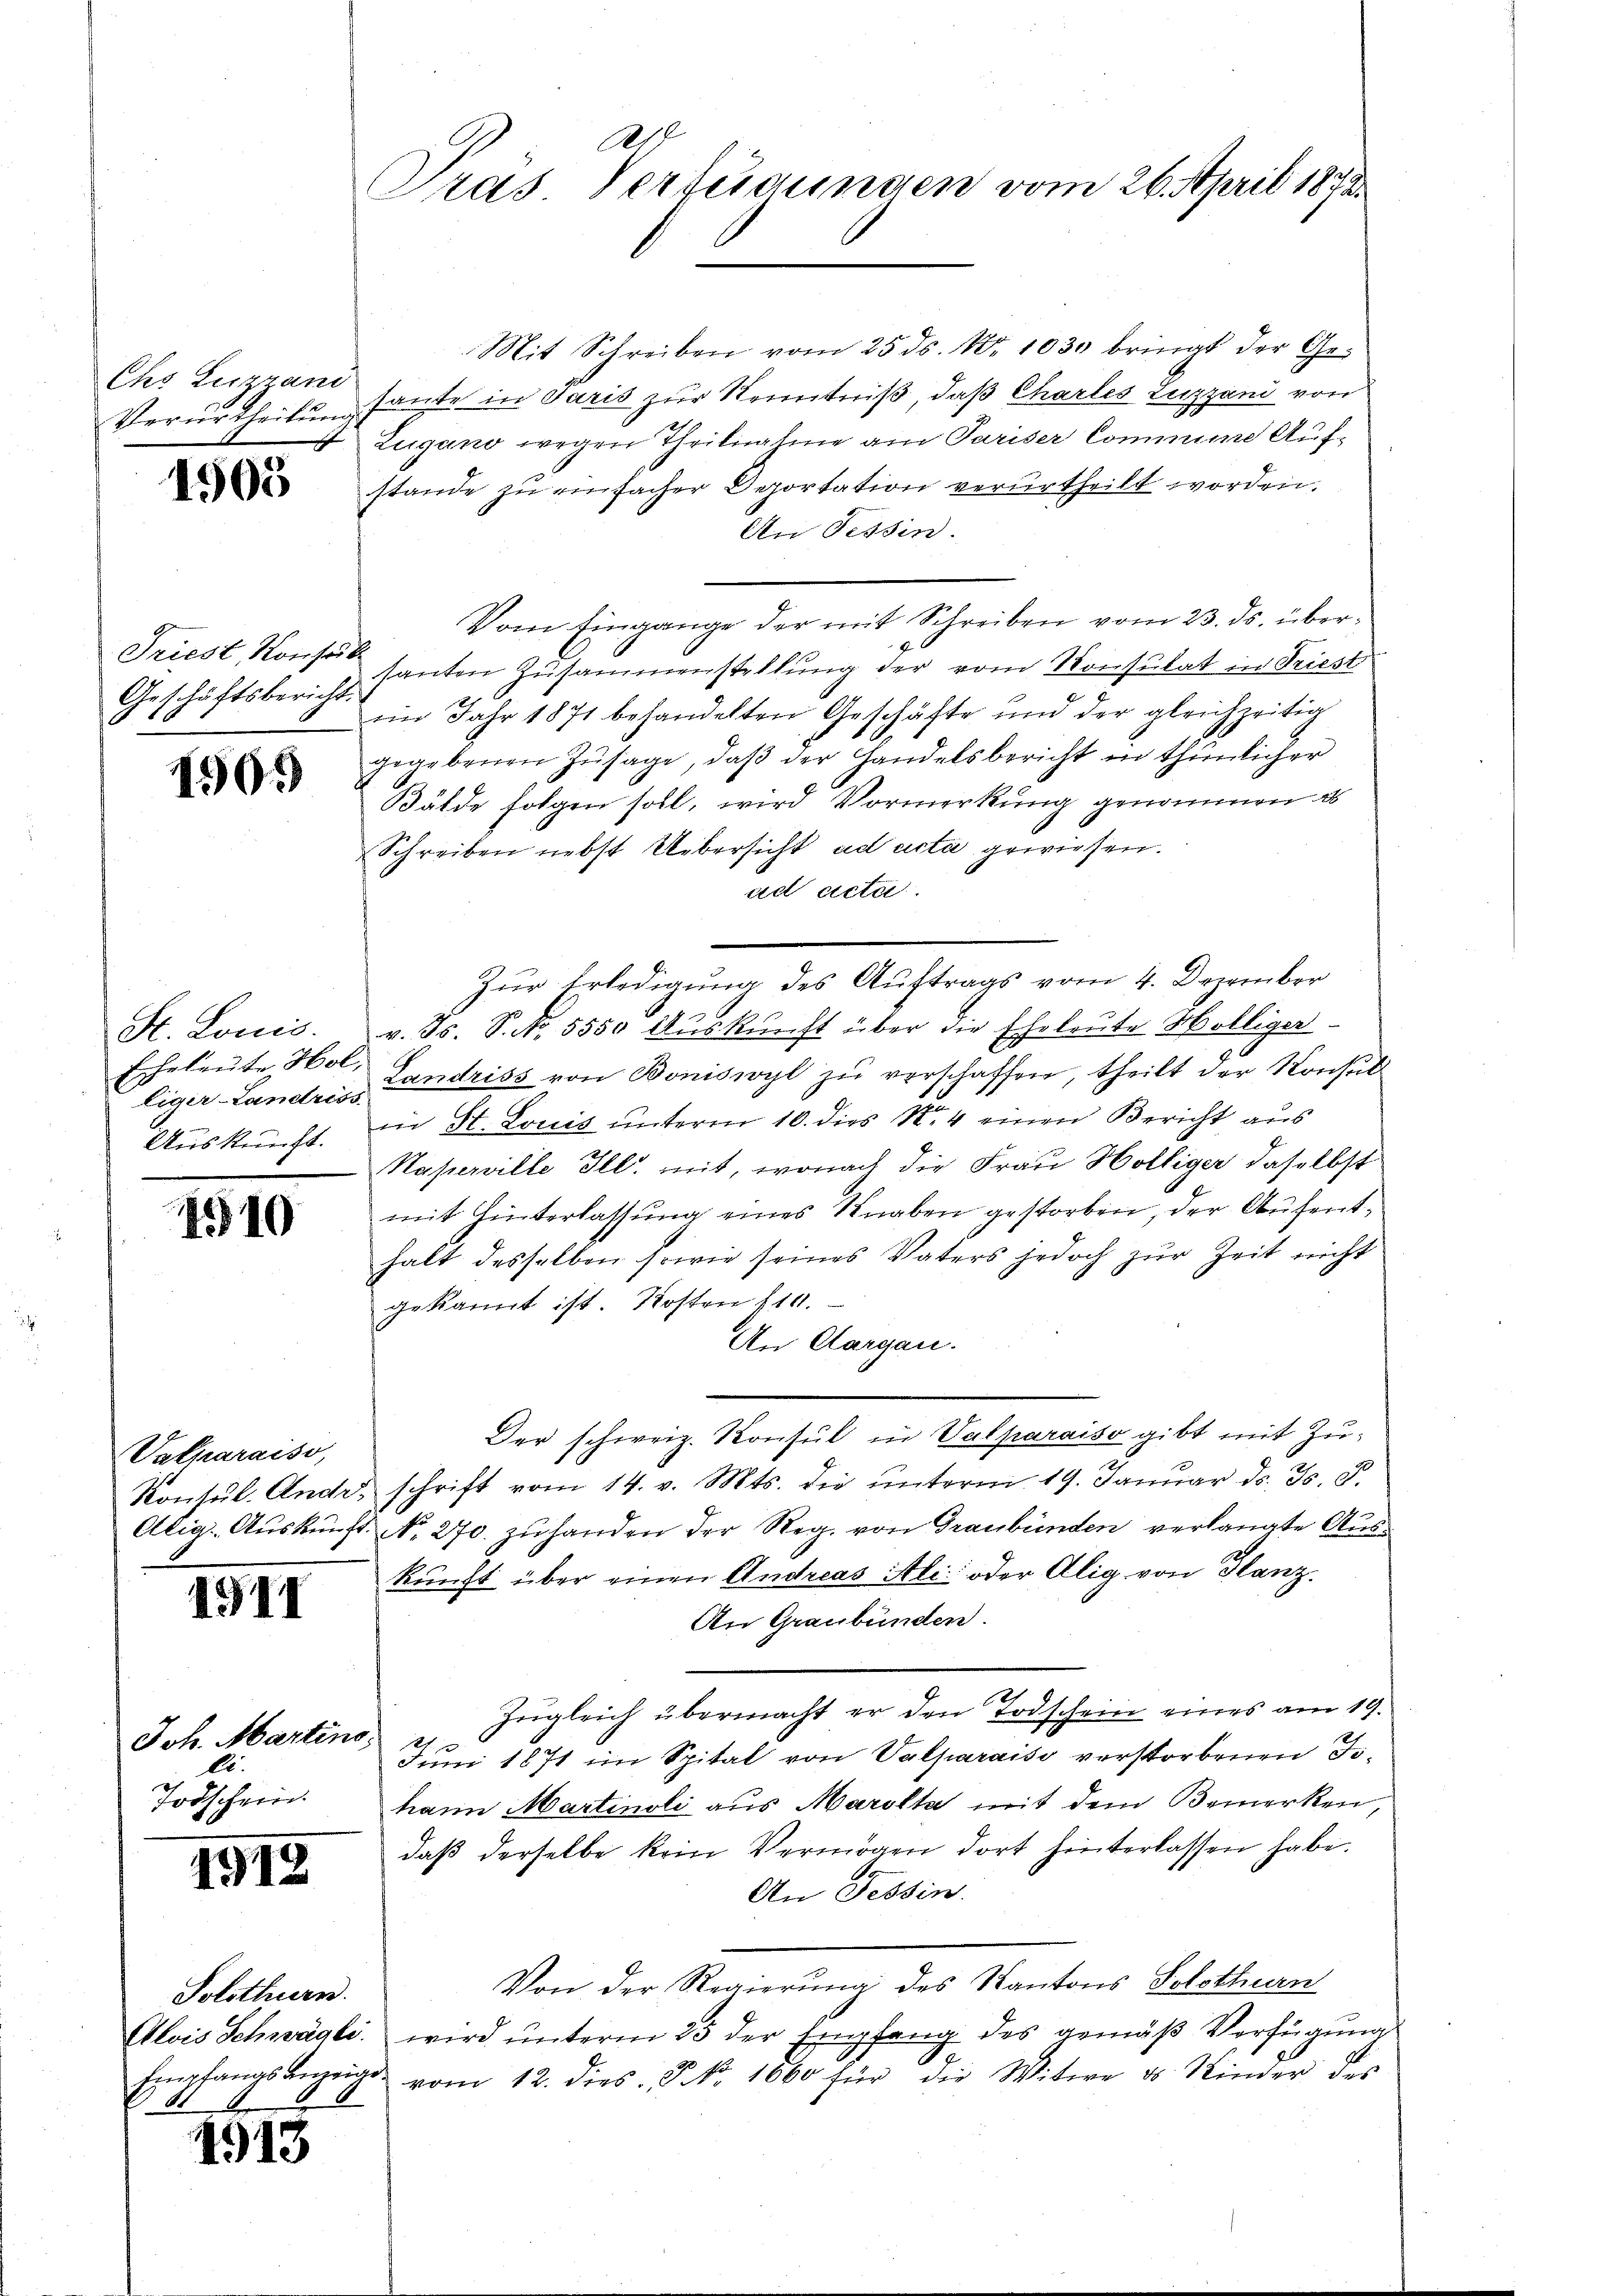
Chs Lezzani
Verurtheilung.

1505

Triest, Konsu
Geschäftsbericht.

1905

St. Louis.
Echeleute, Ho
Eigir-Landris
Auskunft.

1510

Valparaiso,
Konsul. Andr.
Utig. Auskunft.

IGII

Joh. Martins
l.
Todschein

1912

Solothurn.

918

21
Pras. Verteigungen vom 26. April 1872

Mit Schreiben vom 25. ds. No. 1030 bringt der Gesante in Paris zur Kenntniß, daß Chartes Luzzani von
Zugano wegen Theilnahme am Pariser Commine Aufstande zu einfacher Deportation verurtheilt worden.
An Tessin.
Vom Eingange der mit Schreiben vom 23. ds. übersanten Zusammenstellung der vom Konsulat in Triest
iin Jahr 1871 behandelten Geschäfte und der gleichzeitig
gegebenen Zŭsage, daβ der Handelsbericht in thŭnlicher
Bälde folgen soll, wird Vormerkung genommen a
Schreiben nebst Uebersicht ad acta gewiesen.
ad acta.
Zur Erledigung des Auftrags vom 4. Dezember
v. Js. P. Nr. 5550 Auskunft über die Eheleute Hölliger
Landriss von Boniswyl zŭ verschaffen, theilt der Konsul
in St. Louis unterm 10. dies N. 4 einen Bericht aus
Naperville Ill. mit, wonach die Frau Hölliger daselbst
mit Hinterlassung eines Knaben gestorben, der Aufenthalt desselben sowie seines Vaters jedoch zur Zeit nicht
gekannt ist. Kosten 110.
An Aargau.
Der schweiz. Konsul in Valparaiso gibt mit Zuschrift vom 14. v. Mts. die unterm 19. Januar d. Js. S.
No. 270. zŭ handen der Reg. von Graubünden verlangte Auskŭnft über einen Andreas Atti: oder Alig von Glanz.
An Graubünden.
Zugleich übermacht er den Todschein eines am 19.

Juni 1871 im Spital von Valparaiso verstorbenen Tihann Martinoli aus Marokka mit dem Bemerken,
daβ derselbe kein Vermögen dort hinterlassen habe.
An Tessin.
Von der Regierung des Kantons Solothurn
Alois Schwägli. wird ŭnterm 25 der Empfang des gemäβ Verfügŭng
1
Empfangsanzeige vom 12. dies. J NNo. 1860 für die Witwe u. Kinder des